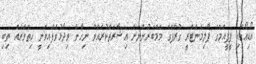
އޯޑިއޯގައި ޕީޕީއެމްގެ ޕާލިމެންޓްރީ ގުރޫޕްގެ މެމްބަރުންނަށް އިޝާރަތްކުރައްވާ ނިހާން ވިދާޅުވެފައިވަނީ ހިތްވަރެއް ތިބި